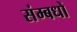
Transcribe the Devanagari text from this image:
संम्बधों